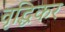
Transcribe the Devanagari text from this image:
वृद्धिकर